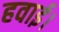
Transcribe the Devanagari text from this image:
हवाई।